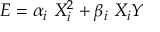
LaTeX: E = \alpha _ { i } \, \, X _ { i } ^ { 2 } + \beta _ { i } \, \, X _ { i } Y